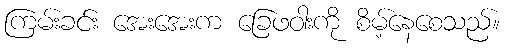
ကြမ်းခင်း အေးအေးက ခြေဖဝါးကို စိမ့်နေစေသည်။